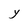
Character: Y